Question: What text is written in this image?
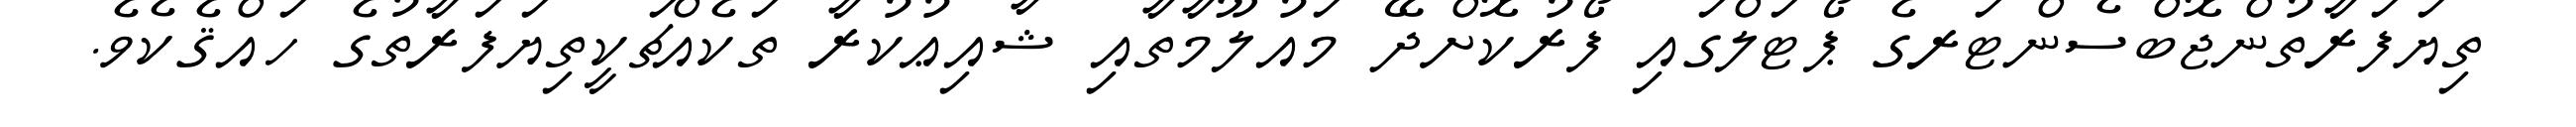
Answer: ތިޔަފަރާތުންޖޮބްސެންޓަރގެ ޕޯޓަލްގައި ފޯރުކޮށްދޭ މައުލޫމާތާއި ޝާއިޢުކުރާ ތަކެއްޗަކީތިޔަފަރާތުގެ ހައްޤެކެވެ.